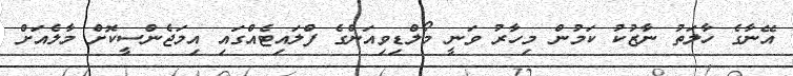
އޭނާގެ ހާލަތު ނާޒުކު ކަމުން މިހާރު ވަނީ މޯލްޑިވިއަންގެ ފްލައިޓެއްގައި އިމަޖެންސީކޮށް މާލެއަށް